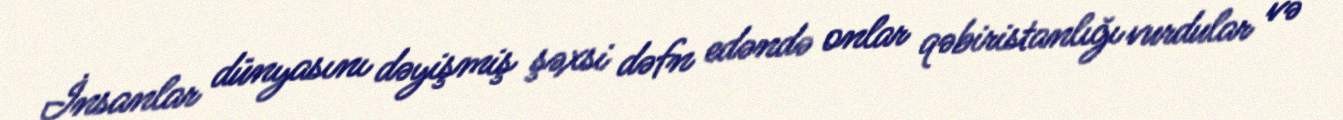
İnsanlar dünyasını dəyişmiş şəxsi dəfn edəndə onlar qəbiristanlığı vurdular və